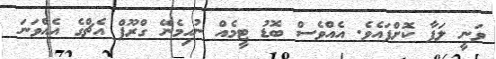
ވަނީ ލަފާ ކޮށްފައެވެ. އެއްވެސް ބޮޑު ޓީމެއް ނުހިމެނޭ ގްރޫޕް އެޗްގެ އެއްވަނަ